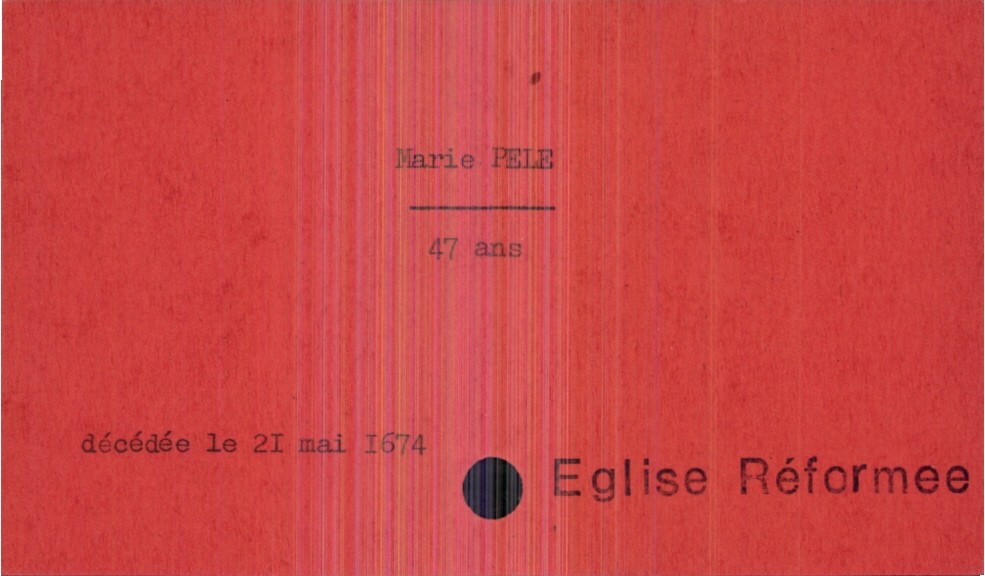
type_acte: Décès
année: 1674
mois: mai
jour: 21
défunt_nom: Pele
défunt_prénom: Marie
défunt_sexe: F
défunt_âge: 47 ans